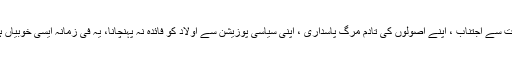
اسمبلی کے رکن ہونے کے باوجود سرکاری مراعات سے اجتناب ، اپنے اصولوں کی تادم مرگ پاسداری ، اپنی سیاسی پوزیشن سے اولاد کو فائدہ نہ پہنچانا، یہ فی زمانہ ایسی خوبیاں ہیں جو کم ہی کسی اور سیاست کار میں نظرآتی ہیں۔